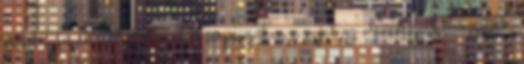
és újhagymát. 2Felhevített serpenyőben a vajat az olívaolajjal elvegyítjük.